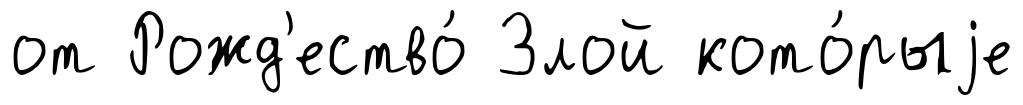
от Рожд'ество́ Злой кото́рыjе